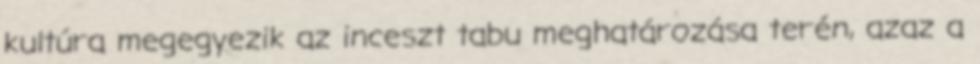
kultúra megegyezik az inceszt tabu meghatározása terén, azaz a